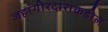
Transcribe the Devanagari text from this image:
जहागीरदारांकडील